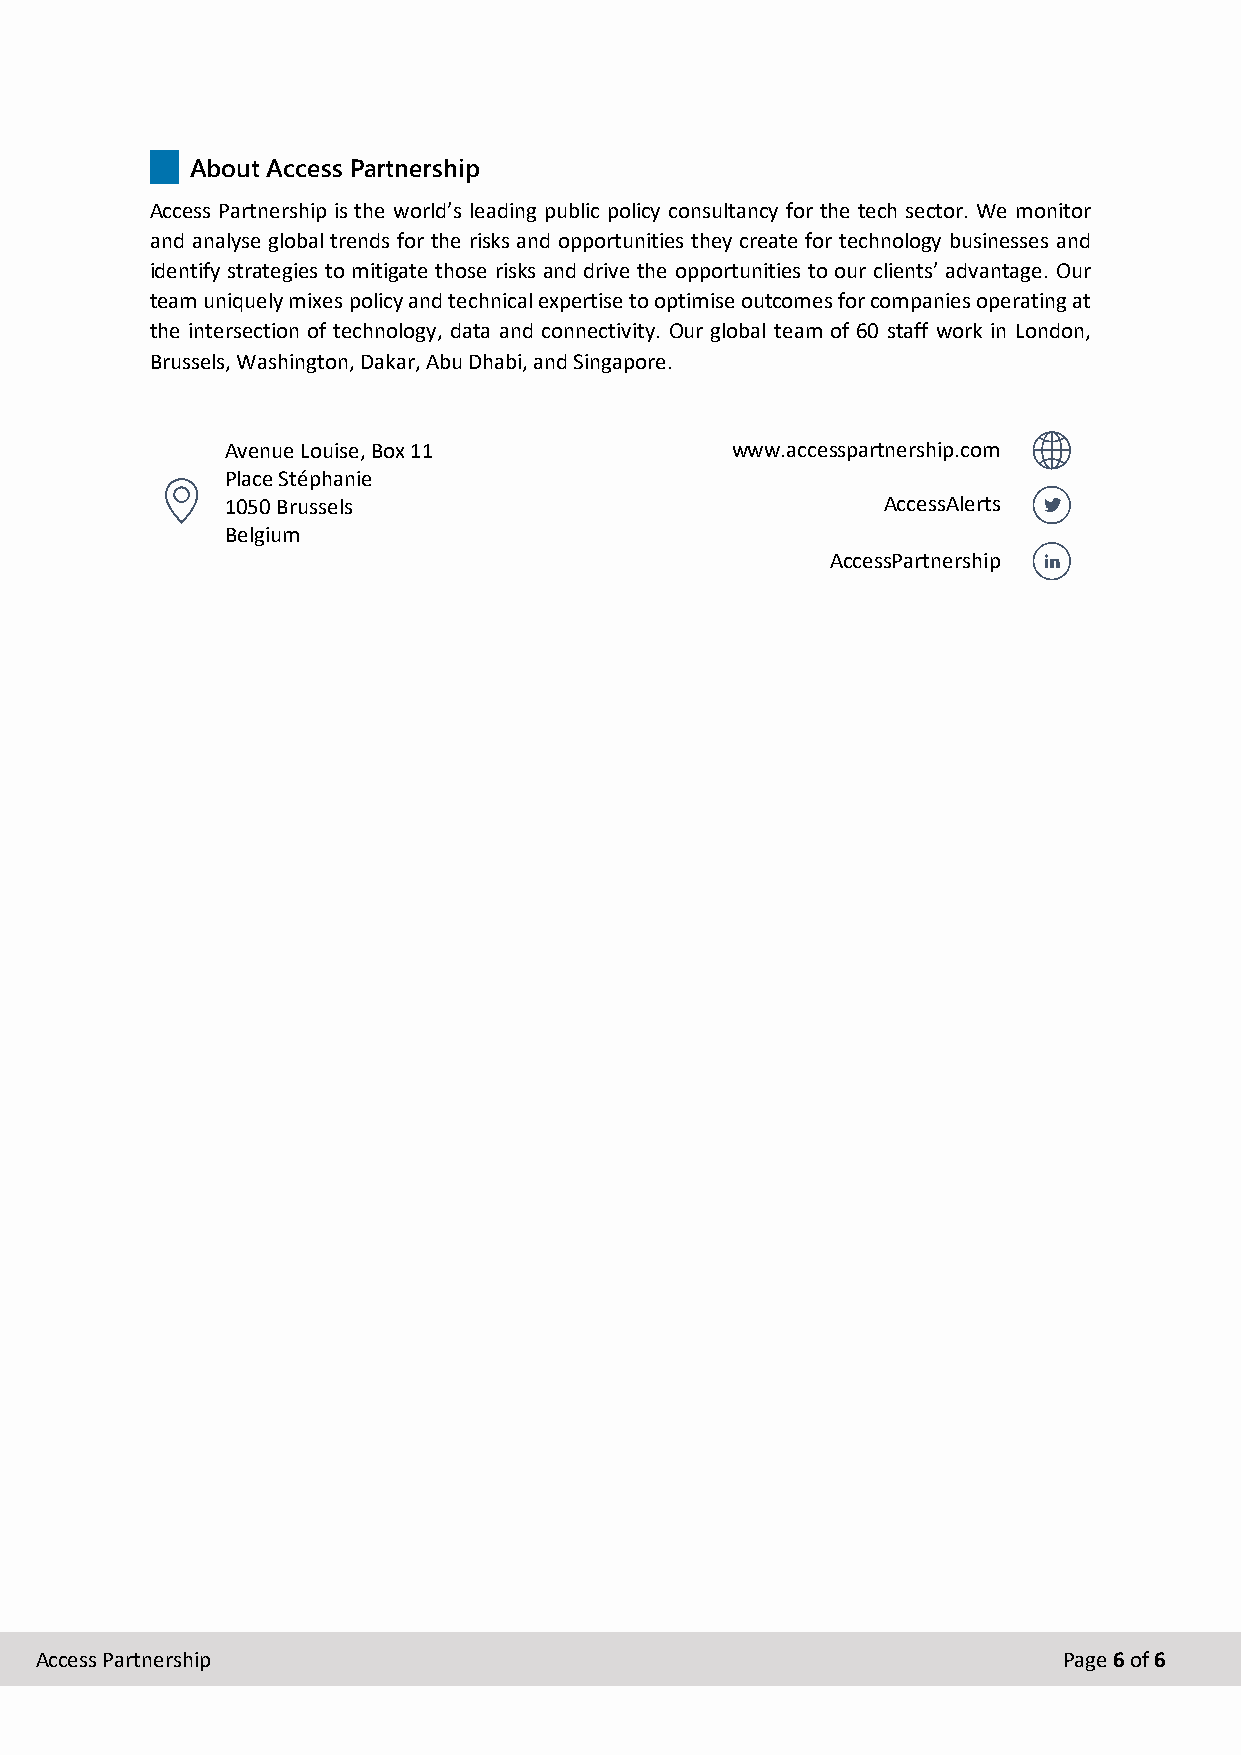
About Access Partnership
 Access Partnership is the world’s leading public policy consultancy for the tech sector. We monitor
 and analyse global trends for the risks and opportunities they create for technology businesses and
 identify strategies to mitigate those risks and drive the opportunities to our clients’ advantage. Our
 team uniquely mixes policy and technical expertise to optimise outcomes for companies operating at
 the intersection of technology, data and connectivity. Our global team of 60 staff work in London,
 Brussels, Washington, Dakar, Abu Dhabi, and Singapore.
 Avenue Louise, Box 11            www.accesspartnership.com
 Place Stéphanie
 1050 Brussels                              AccessAlerts
 Belgium
 AccessPartnership
 Access Partnership                                                  Page 6 of 6